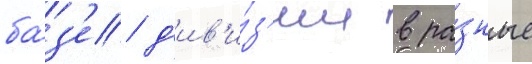
ба́з'е д'ив'и́з'ии в ра́зные